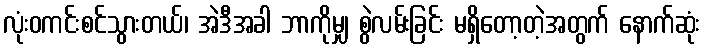
လုံးဝကင်းစင်သွားတယ်၊ အဲဒီအခါ ဘာကိုမျှ စွဲလမ်းခြင်း မရှိတော့တဲ့အတွက် နောက်ဆုံး